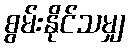
စွမ်းနိုင်သမျှ